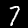
Label: 7